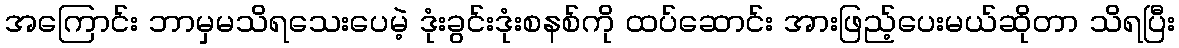
အကြောင်း ဘာမှမသိရသေးပေမဲ့ ဒုံးခွင်းဒုံးစနစ်ကို ထပ်ဆောင်း အားဖြည့်ပေးမယ်ဆိုတာ သိရပြီး